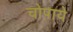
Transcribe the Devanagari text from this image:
चोपाये